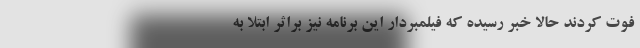
فوت کردند حالا خبر رسیده که فیلمبردار این برنامه نیز براثر ابتلا به